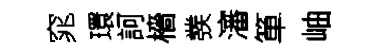
窕環訶檣彂瀋箪岫